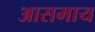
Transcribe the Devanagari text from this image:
आसमाय